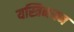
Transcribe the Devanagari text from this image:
यस्त्रिनयन